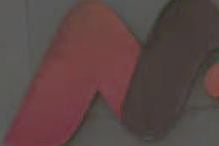
CO